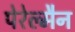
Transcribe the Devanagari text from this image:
पेरेल्मैन